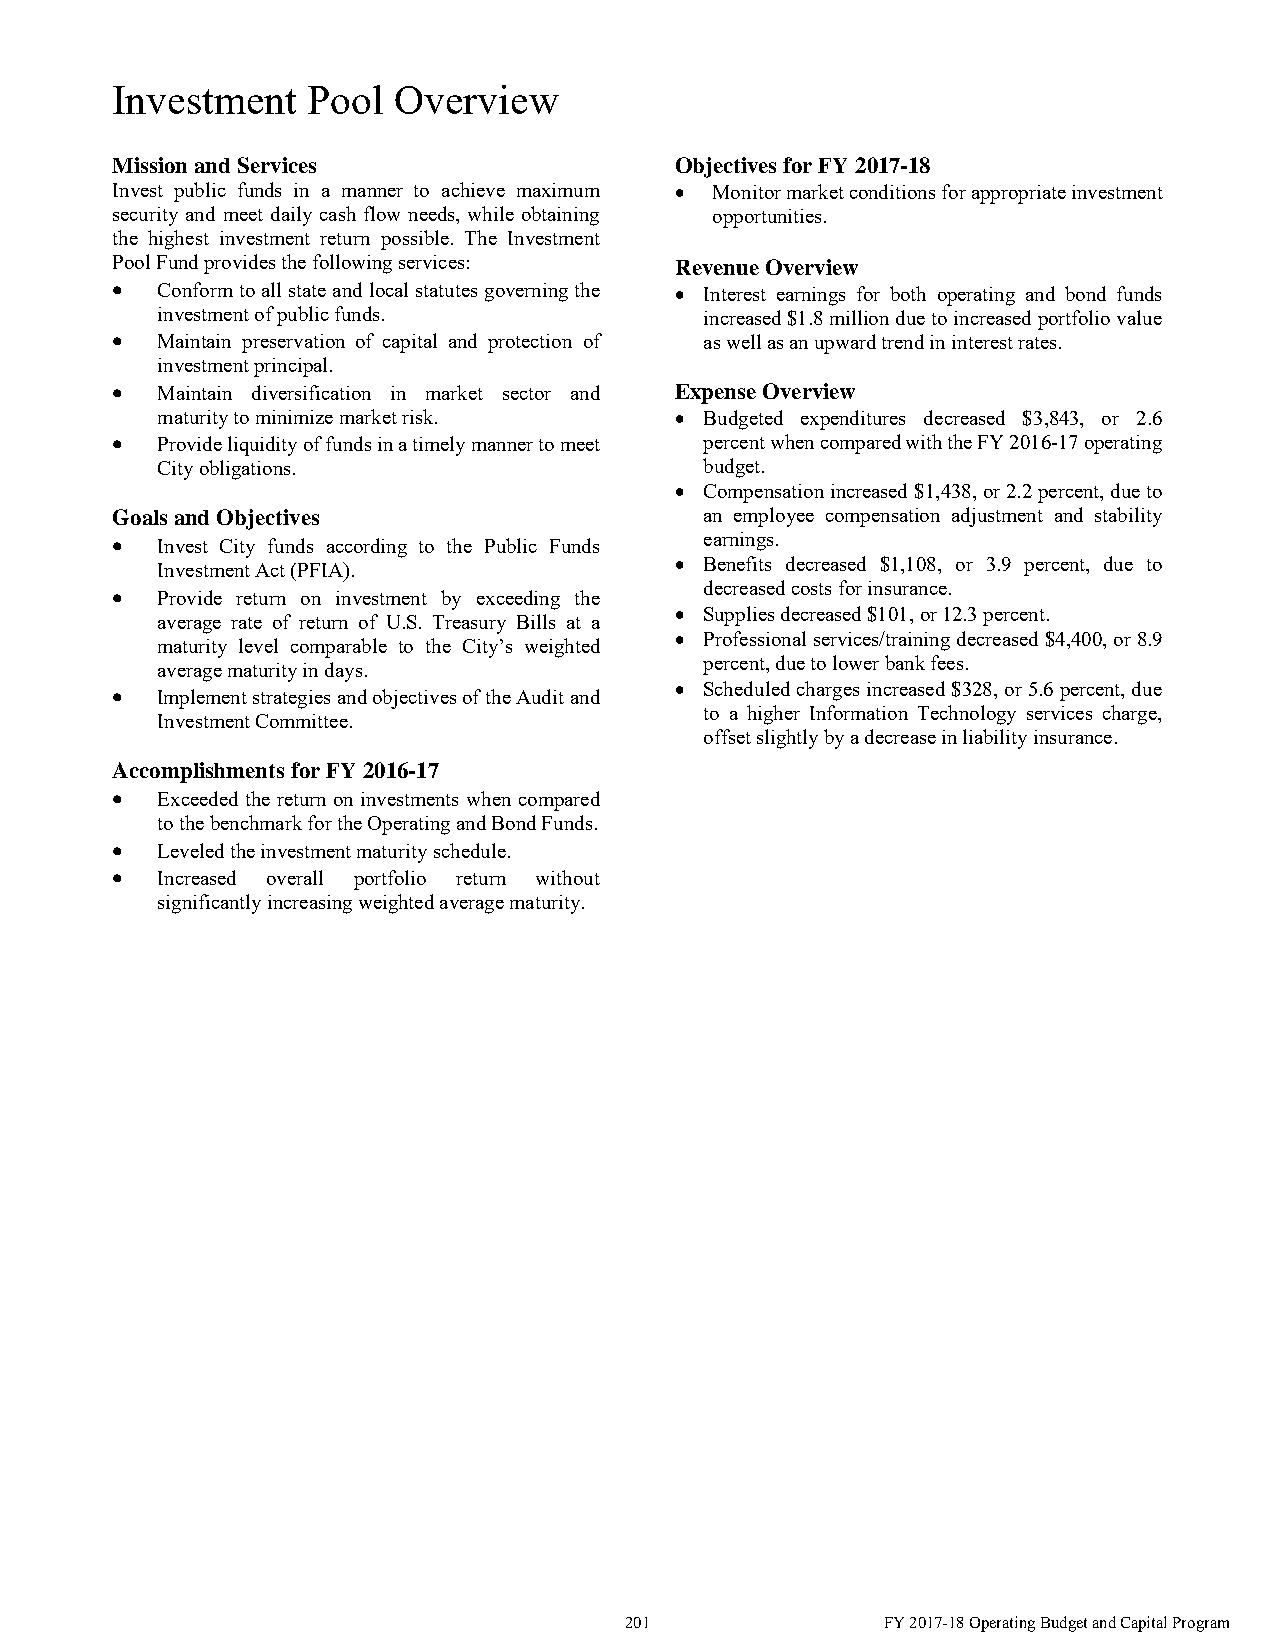
Investment   Pool  Overview
 Mission and Services                  Objectives for FY 2017-18
 Invest public funds in a manner to achieve maximum  Monitor market conditions for appropriate investment
 security and meet daily cash flow needs, while obtaining opportunities.
 the highest investment return possible. The Investment
 Pool Fund provides the following services: Revenue Overview
   Conform to all state and local statutes governing the  Interest earnings for both operating and bond funds
 investment of public funds.          increased $1.8 million due to increased portfolio value
   Maintain preservation of capital and protection of as well as an upward trend in interest rates.
 investment principal.
   Maintain diversification in market sector and Expense Overview
 maturity to minimize market risk.   Budgeted expenditures decreased $3,843, or 2.6
   Provide liquidity of funds in a timely manner to meet percent when compared with the FY 2016-17 operating
 City obligations.                    budget.
  Compensation increased $1,438, or 2.2 percent, due to
 Goals and Objectives                    an employee compensation adjustment and stability
   Invest City funds according to the Public Funds earnings.
 Investment Act (PFIA).              Benefits decreased $1,108, or 3.9 percent, due to
   Provide return on investment by exceeding the decreased costs for insurance.
  Supplies decreased $101, or 12.3 percent.
 average rate of return of U.S. Treasury Bills at a
  Professional services/training decreased $4,400, or 8.9
 maturity level comparable to the City’s weighted
 percent, due to lower bank fees.
 average maturity in days.
   Implement strategies and objectives of the Audit and  Scheduled charges increased $328, or 5.6 percent, due
 to a higher Information Technology services charge,
 Investment Committee.
 offset slightly by a decrease in liability insurance.
 Accomplishments for FY 2016-17
   Exceeded the return on investments when compared
 to the benchmark for the Operating and Bond Funds.
   Leveled the investment maturity schedule.
   Increased overall portfolio return without
 significantly increasing weighted average maturity.
 201               FY 2017-18 Operating Budget and Capital Program